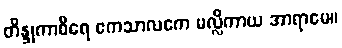
တိန္ဒုကာစီရေ ဧကသာလကေ မလ္လိကာယ အာရာမေ။